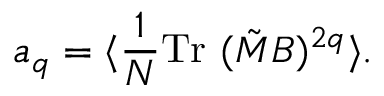
a _ { q } = \langle { \frac { 1 } { N } } \mathrm { T r } ~ ( \tilde { M } B ) ^ { 2 q } \rangle .